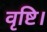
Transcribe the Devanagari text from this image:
वृष्टि।